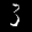
Label: 3